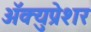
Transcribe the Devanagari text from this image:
अॅक्युप्रेशर